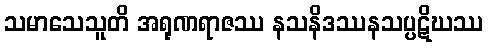
သမာသေသူတိ အရုဏရာဇဿ နသနိဒဿနသပ္ပဋိဃဿ